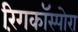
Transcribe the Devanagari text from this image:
रिंगकॉस्पोरा